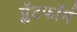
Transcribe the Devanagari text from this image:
प्लॅटफाॅर्म